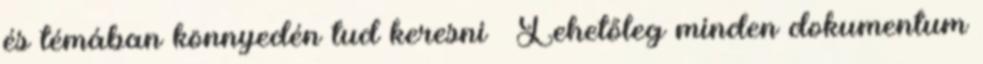
és témában könnyedén tud keresni  Lehetőleg minden dokumentum